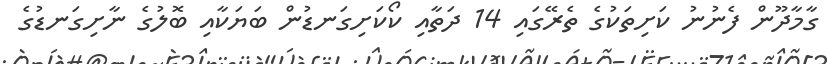
ގާމާދޫން ފެނުނު ކަށިތަކުގެ ތެރޭގައި 14 ދަތާއި ކޯކަށިގަނޑުން ބަޔަކާއި ބޮލުގެ ނާށިގަނޑުގެ